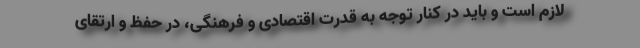
لازم است و باید در کنار توجه به قدرت اقتصادی و فرهنگی، در حفظ و ارتقای